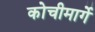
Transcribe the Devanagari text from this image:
कोचीमार्गे